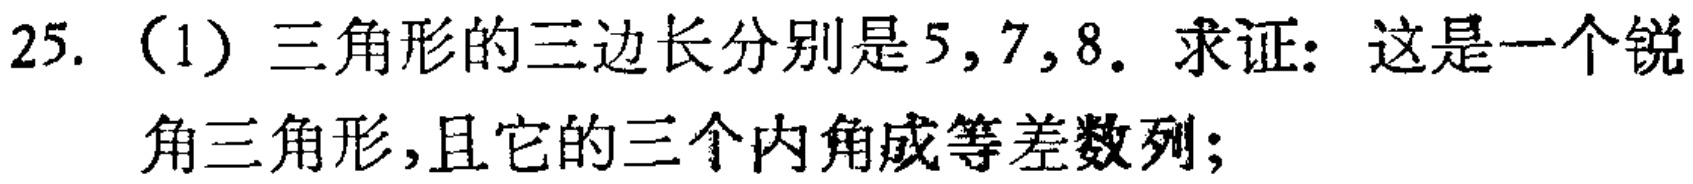
25. (1) 三角形的三边长分别是\(5,7,8\). 求证：这是一个锐角三角形，且它的三个内角成等差数列；